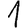
Digit: 1